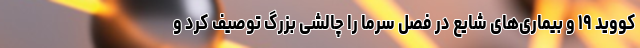
کووید ۱۹ و بیماری‌های شایع در فصل سرما را چالشی بزرگ توصیف کرد و